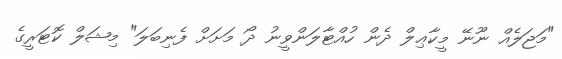
"މަޖަލެއް ނޫނޭ މީކާޢިލް ދެން ހުއްޓާލަންވީނު ދޯ މަށަށް ފެނިބަލަ" މިޝަލް ކޮޓަރީގެ